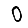
Digit: 0